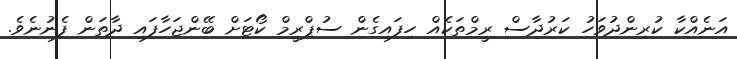
އަނެއްކާ ކުރިންދުވަހު ކަރުދާސް ރީމްތަކެއް ހިފައިގެން ސުޕްރީމް ކޯޓަށް ބޭންޖަހާފައި ދާތަން ފެނުނެވެ.